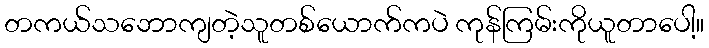
တကယ်သဘောကျတဲ့သူတစ်ယောက်ကပဲ ကုန်ကြမ်းကိုယူတာပေါ့။